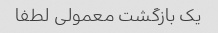
یک بازگشت معمولی لطفا